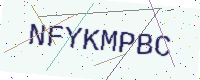
Text: NFYKMPBC